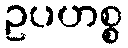
ဥပဟစ္စ